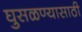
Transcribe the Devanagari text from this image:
घुसळण्यासाठी